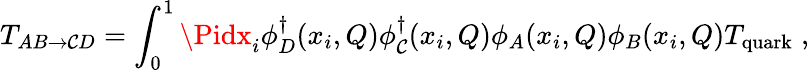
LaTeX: T_{AB\rightarrow\mathcal{C}D}=\int_{0}^{1}\Pidx_{i}\phi_{D}^{\dagger}(x_{i},Q)\phi_{\mathcal{C}}^{\dagger}(x_{i},Q)\phi_{A}(x_{i},Q)\phi_{B}(x_{i},Q)T_{\mathrm{{quark}}}\; ,